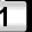
Digit: 1